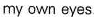
my own eyes.